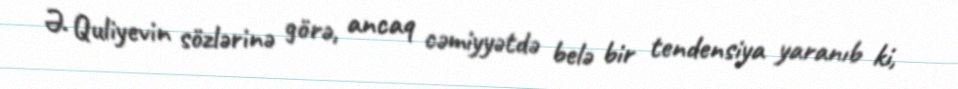
Ə. Quliyevin sözlərinə görə, ancaq cəmiyyətdə belə bir tendensiya yaranıb ki,